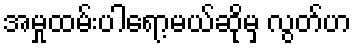
အမှုထမ်းပါရော့မယ်ဆိုမှ လွတ်ဟ